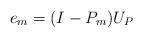
LaTeX: \begin{align*}e_m = (I - P_m ) U_P \end{align*}